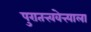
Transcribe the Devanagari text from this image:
पुरातत्त्ववेत्त्याला